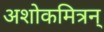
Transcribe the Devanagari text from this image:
अशोकमित्रन्